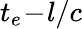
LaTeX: t_{e}\! -\! l/c